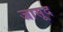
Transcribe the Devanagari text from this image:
जासूद